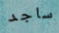
ساجد